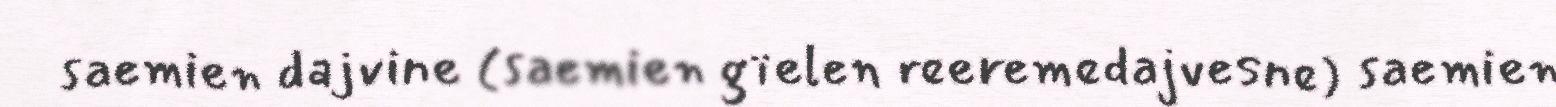
saemien dajvine (saemien gïelen reeremedajvesne) saemien